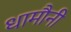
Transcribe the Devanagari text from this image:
धामौनी